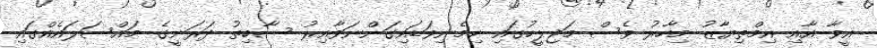
އީވާ އާއި އިމްތިޔާޒު މިހާރު ވެސް މަޖިލީހުގައި ހިމެނިވަޑައިގަންނަވާއިރު ސާބިތު ދަރަނީގެ މައްސަލައެއްގައި